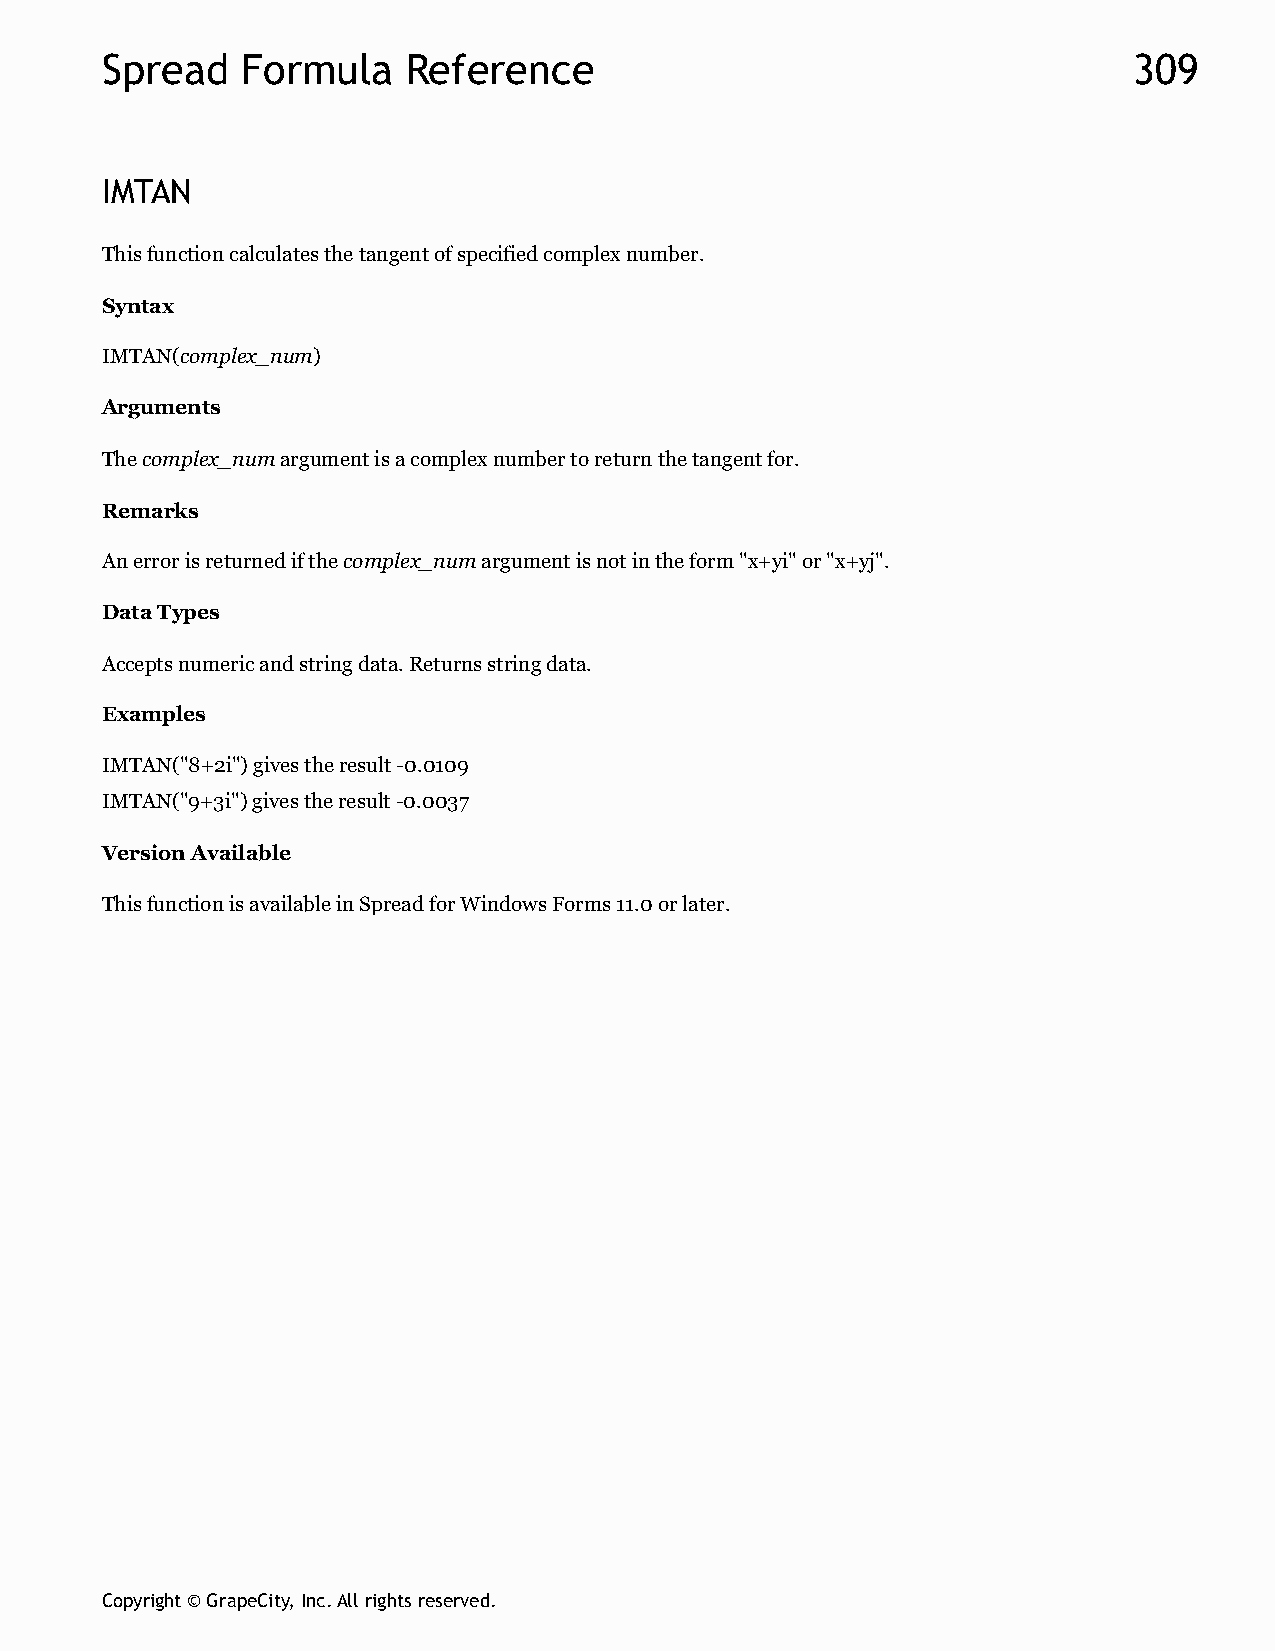
Spread   Formula    Reference                                       309
 IMTAN
 This function calculates the tangent of specified complex number.
 Syntax
 IMTAN(complex_num)
 Arguments
 The complex_num argument is a complex number to return the tangent for.
 Remarks
 An error is returned if the complex_num argument is not in the form "x+yi" or "x+yj".
 Data Types
 Accepts numeric and string data. Returns string data.
 Examples
 IMTAN("8+2i") gives the result -0.0109
 IMTAN("9+3i") gives the result -0.0037
 Version Available
 This function is available in Spread for Windows Forms 11.0 or later.
 Copyright © GrapeCity, Inc. All rights reserved.